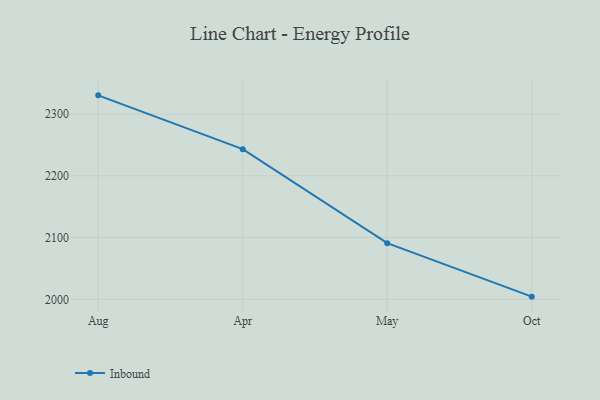
{"axis": {"x": "Month", "y": "Satisfaction Score"}, "legend": ["Inbound"], "data": [{"x": "Aug", "y": 2330.2, "type": "Inbound"}, {"x": "Apr", "y": 2243.1, "type": "Inbound"}, {"x": "May", "y": 2090.9, "type": "Inbound"}, {"x": "Oct", "y": 2004.3, "type": "Inbound"}]}